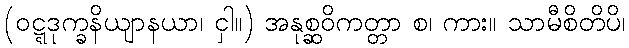
(ဝဋ္ဋဒုက္ခနိယျာနယာ၊ ငှါ။) အနုစ္ဆဝိကတ္တာ စ၊ ကား။ သာမီစိတိပိ၊